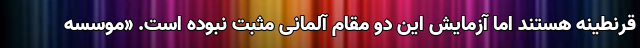
قرنطینه هستند اما آزمایش این دو مقام آلمانی مثبت نبوده است. «موسسه